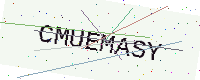
Text: CMUEMASY